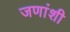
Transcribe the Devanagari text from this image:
जणांशी